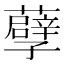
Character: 𮒶